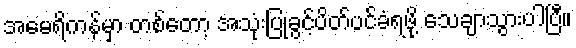
အမေရိကန်မှာ တစ်တော့ အသုံးပြုခွင့်ပိတ်ပင်ခံရဖို့ သေချာသွားပါပြီ။